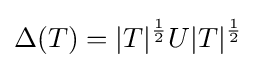
\Delta (T)=|T|^{\frac {1}{2}}U|T|^{\frac {1}{2}}